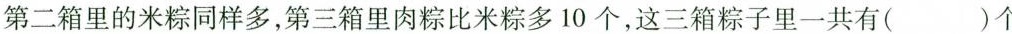
第二箱里的米粽同样多，第三箱里肉粽比米粽多10个，这三箱粽子里一共有( )个